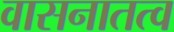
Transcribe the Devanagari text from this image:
वासनातत्व